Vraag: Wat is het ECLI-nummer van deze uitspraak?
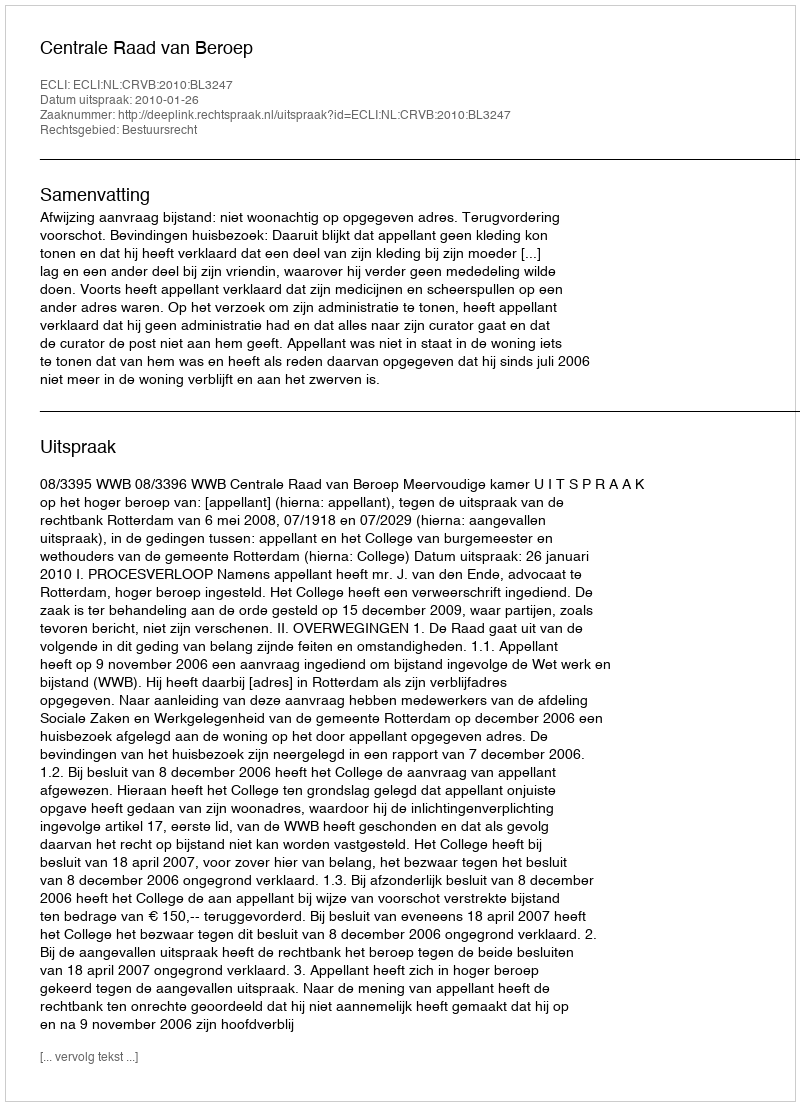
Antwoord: ECLI:NL:CRVB:2010:BL3247